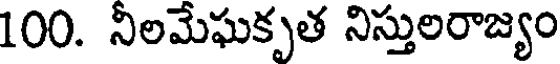
100. నీలమేఘకృత నిస్తులరాజ్యం